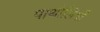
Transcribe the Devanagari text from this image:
पाथोलियाँ